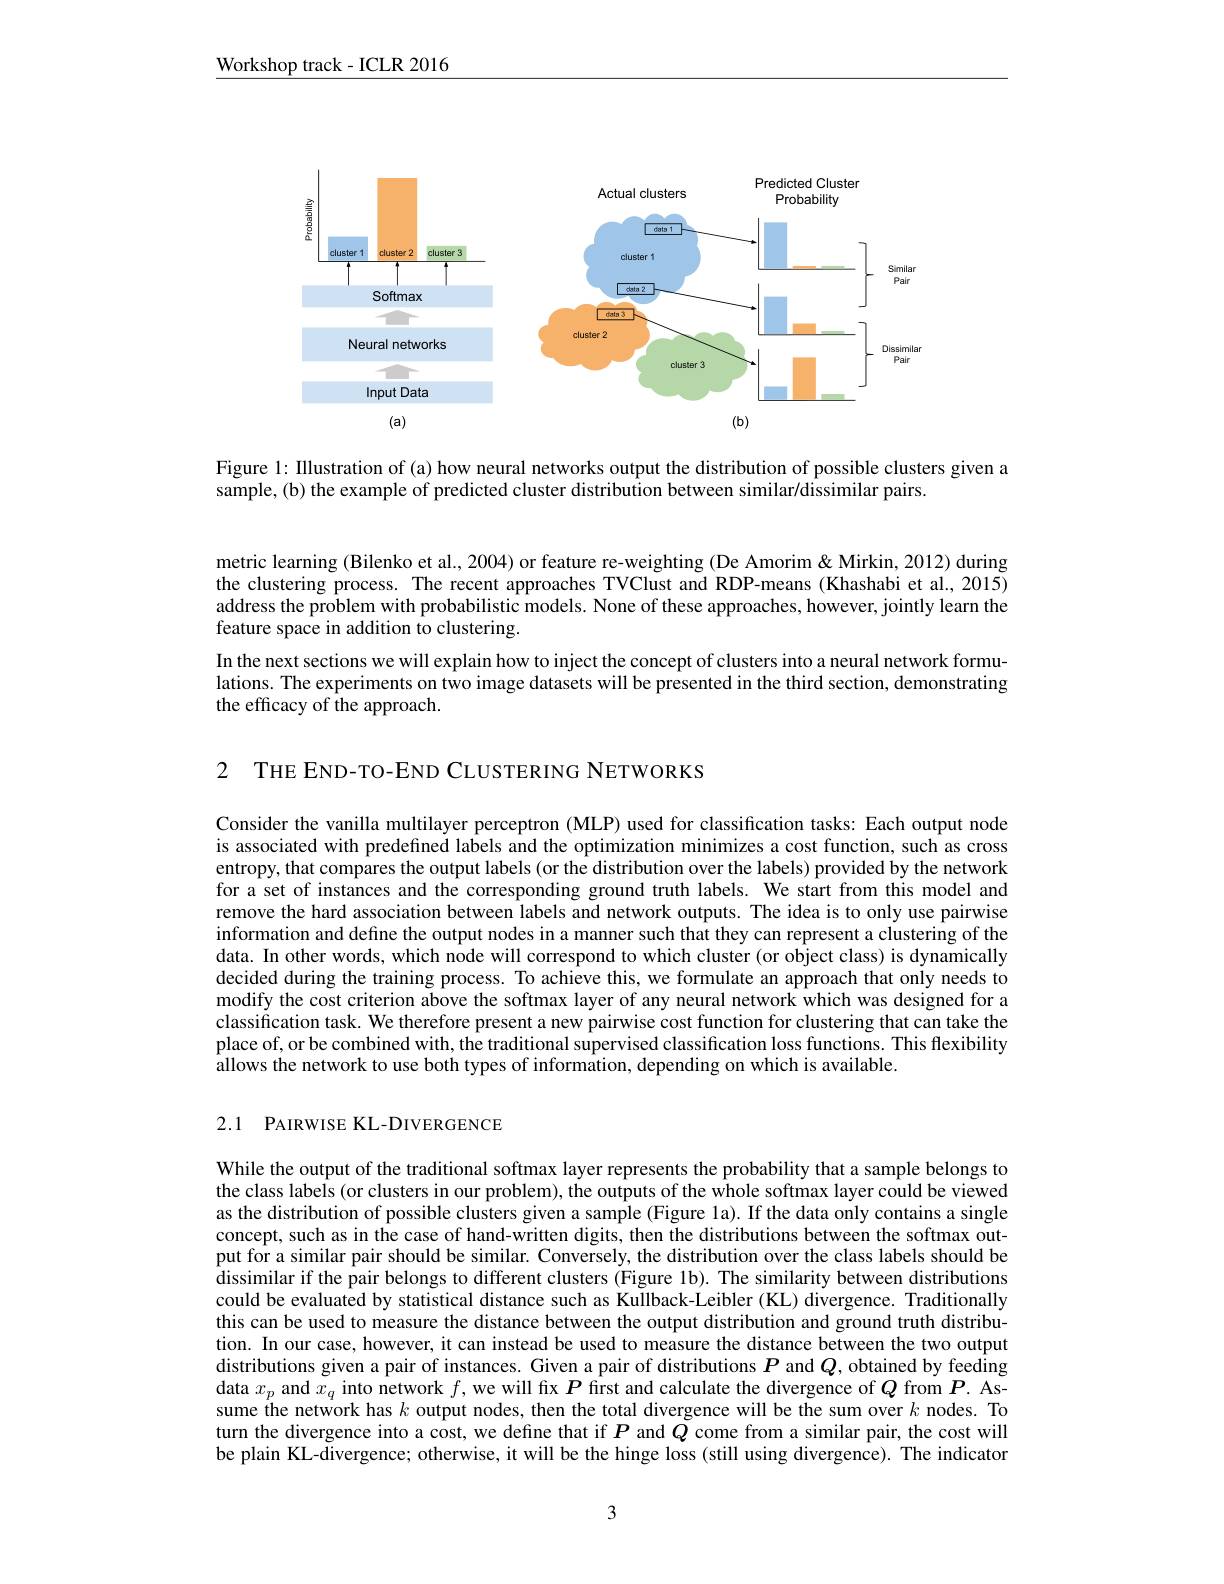
$\underline{\mathrm{Workshop~track-ICLR~2016}}$

<FigureHere>

Figure 1: Illustration of (a) how neural networks output the distribution of possible clusters given a
sample, (b) the example of predicted cluster distribution between similar/dissimilar pairs.

metric learning (Bilenko et al., 2004) or feature re-weighting (De Amorim & Mirkin, 2012) during the clustering process. The recent approaches TVClust and RDP-means (Khashabi et al., 2015) address the problem with probabilistic models. None of these approaches, however, jointly learn the feature space in addition to clustering.
In the next sections we will explain how to inject the concept of clusters into a neural network formulations. The experiments on two image datasets will be presented in the third section, demonstrating the efficacy of the approach.

2 THE END-TO-END CLUSTERING NETWORKS

Consider the vanilla multilayer perceptron (MLP) used for classification tasks: Each output node is associated with predefined labels and the optimization minimizes a cost function, such as cross entropy, that compares the output labels (or the distribution over the labels) provided by the network for a set of instances and the corresponding ground truth labels. We start from this model and remove the hard association between labels and network outputs. The idea is to only use pairwise information and define the output nodes in a manner such that they can represent a clustering of the data. In other words, which node will correspond to which cluster (or object class) is dynamically decided during the training process. To achieve this, we formulate an approach that only needs to modify the cost criterion above the softmax layer of any neural network which was designed for a classification task. We therefore present a new pairwise cost function for clustering that can take the place of, or be combined with, the traditional supervised classification loss functions. This flexibility $\hat{\text{allows the network to use both types of information, depending on which is available.}}$

2.1 PAIRWISE KL-DIVERGENCE

While the output of the traditional softmax layer represents the probability that a sample belongs to the class labels (or clusters in our problem), the outputs of the whole softmax layer could be viewed as the distribution of possible clusters given a sample (Figure 1a). If the data only contains a single concept, such as in the case of hand-written digits, then the distributions between the softmax output for a similar pair should be similar. Conversely, the distribution over the class labels should be dissimilar if the pair belongs to different clusters (Figure 1b). The similarity between distributions could be evaluated by statistical distance such as Kullback-Leibler (KL) divergence. Traditionally this can be used to measure the distance between the output distribution and ground truth distribution. In our case, however, it can instead be used to measure the distance between the two output distributions given a pair of instances. Given a pair of distributions $P$ and $Q$, obtained by feeding data $x_p$ and $x_q$ into network $f$, we will fx $\boldsymbol{P}$ first and calculate the divergence of $Q$ from $\boldsymbol{P}.$ Assume the network has $k$ output nodes, then the total divergence will be the sum over $k$ nodes. To turn the divergence into a cost, we define that if $P$ and $Q$ come from a similar pair, the cost will be plain KL-divergence; otherwise, it will be the hinge loss (still using divergence). The indicator

3